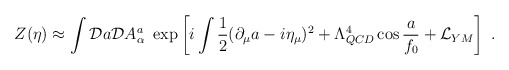
\begin{align*}Z(\eta) \approx \int {\cal D} a {\cal D} A_\alpha^a\ \exp \left[i \int{1\over 2} (\partial _\mu a -i \eta_\mu )^2 + \Lambda^4_{QCD} \cos {a\over f_0} + {\cal L}_{YM} \right] \ .\end{align*}